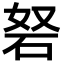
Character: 砮